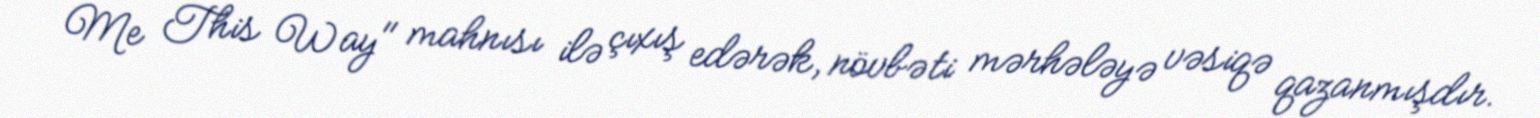
Me This Way" mahnısı ilə çıxış edərək, növbəti mərhələyə vəsiqə qazanmışdır.